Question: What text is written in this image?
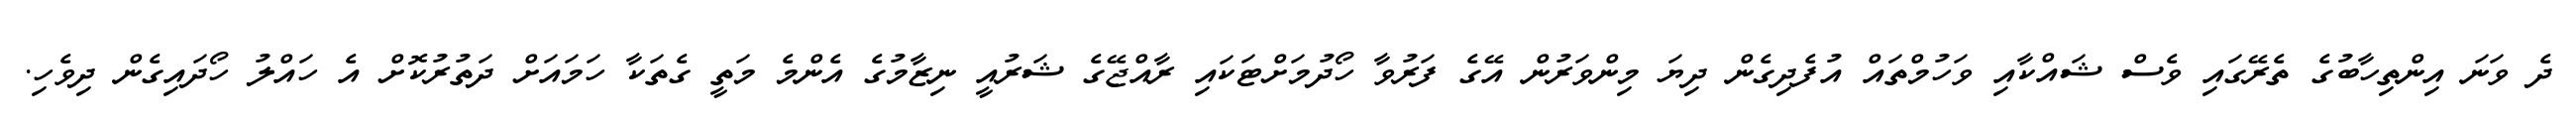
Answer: ދެ ވަނަ އިންތިހާބުގެ ތެރޭގައި ވެސް ޝައްކާއި ވަހުމްތައް އުފެދިގެން ދިޔަ މިންވަރުން އޭގެ ފަރުވާ ހޯދުމަށްޓަކައި ރާއްޖޭގެ ޝަރުއީ ނިޒާމުގެ އެންމެ މަތީ ގެތަކާ ހަމައަށް ދަތުރުކޮށް އެ ހައްލު ހޯދައިގެން ދިވެހި.